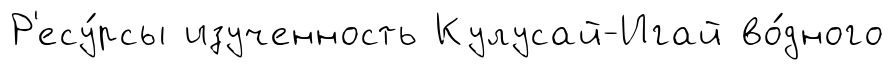
Р'есу́рсы изученность Кулусай-Игай во́дного